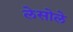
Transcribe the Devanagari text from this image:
लेसोले